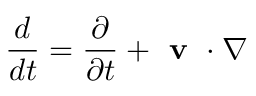
\frac { d } { d t } = \frac { \partial } { \partial t } + \textbf { v } \cdot \nabla